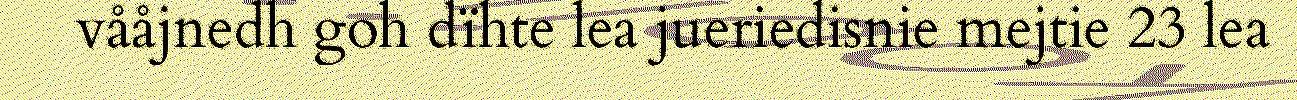
vååjnedh goh dïhte lea jueriedisnie mejtie 23 lea